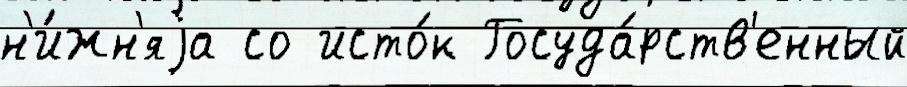
н'и́жн'яjа со исто́к Госуда́рств'енный